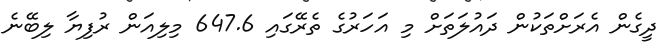
ދީގެން އެރަށްތަކުން ދައުލަތަށް މި އަހަރުގެ ތެރޭގައި 647.6 މިލިއަން ރުފިޔާ ލިބޭނެ